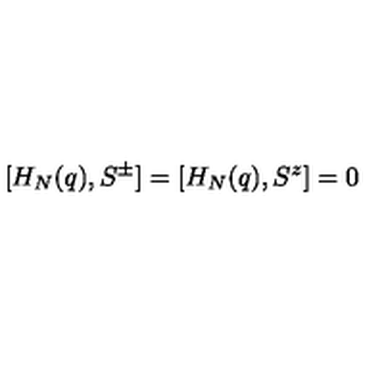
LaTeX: [ H _ { N } ( q ) , S ^ { \pm } ] = [ H _ { N } ( q ) , S ^ { z } ] = 0